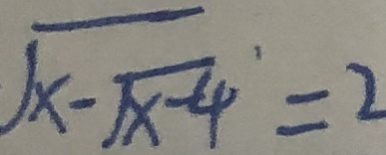
\sqrt { x - \sqrt { x - 4 } } = 2